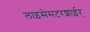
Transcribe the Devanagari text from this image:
लाइसेसटरशाईर्